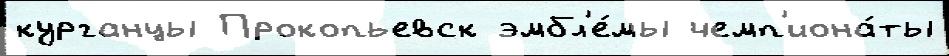
курганцы Прокопьевск эмбл'е́мы чемп'иона́ты